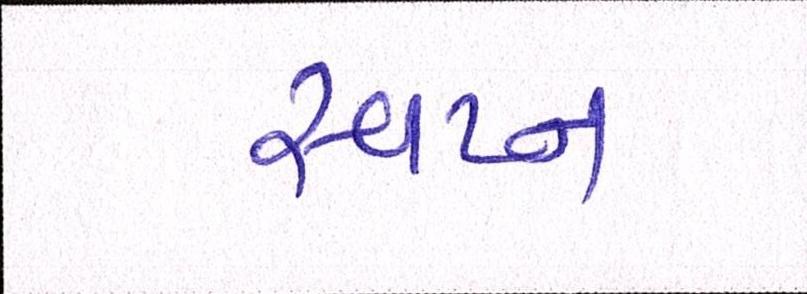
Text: સ્વપ્ન